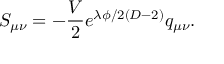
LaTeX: S _ { \mu \nu } = - \frac { V } { 2 } e ^ { \lambda \phi / 2 ( D - 2 ) } q _ { \mu \nu } .